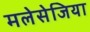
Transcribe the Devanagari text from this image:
मलेसेजिया